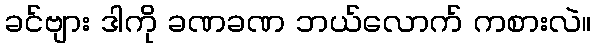
ခင်ဗျား ဒါကို ခဏခဏ ဘယ်လောက် ကစားလဲ။